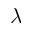
\lambda